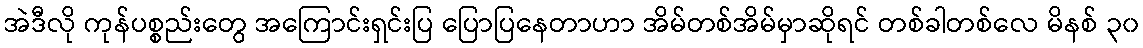
အဲဒီလို ကုန်ပစ္စည်းတွေ အကြောင်းရှင်းပြ ပြောပြနေတာဟာ အိမ်တစ်အိမ်မှာဆိုရင် တစ်ခါတစ်လေ မိနစ် ၃၀